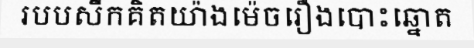
របបសឹកគិតយ៉ាងម៉េចរឿងបោះឆ្នោត